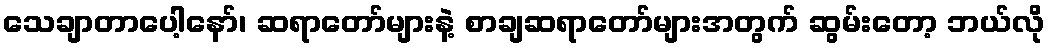
သေချာတာပေါ့နော်၊ ဆရာတော်များနဲ့ စာချဆရာတော်များအတွက် ဆွမ်းတော့ ဘယ်လို